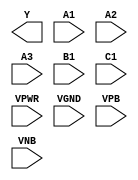
module sky130_fd_sc_ms__a311oi (
    Y   ,
    A1  ,
    A2  ,
    A3  ,
    B1  ,
    C1  ,
    VPWR,
    VGND,
    VPB ,
    VNB
);

    output Y   ;
    input  A1  ;
    input  A2  ;
    input  A3  ;
    input  B1  ;
    input  C1  ;
    input  VPWR;
    input  VGND;
    input  VPB ;
    input  VNB ;
endmodule